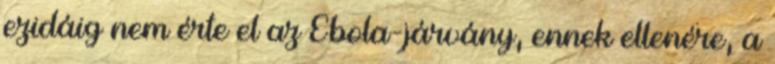
ezidáig nem érte el az Ebola-járvány, ennek ellenére, a